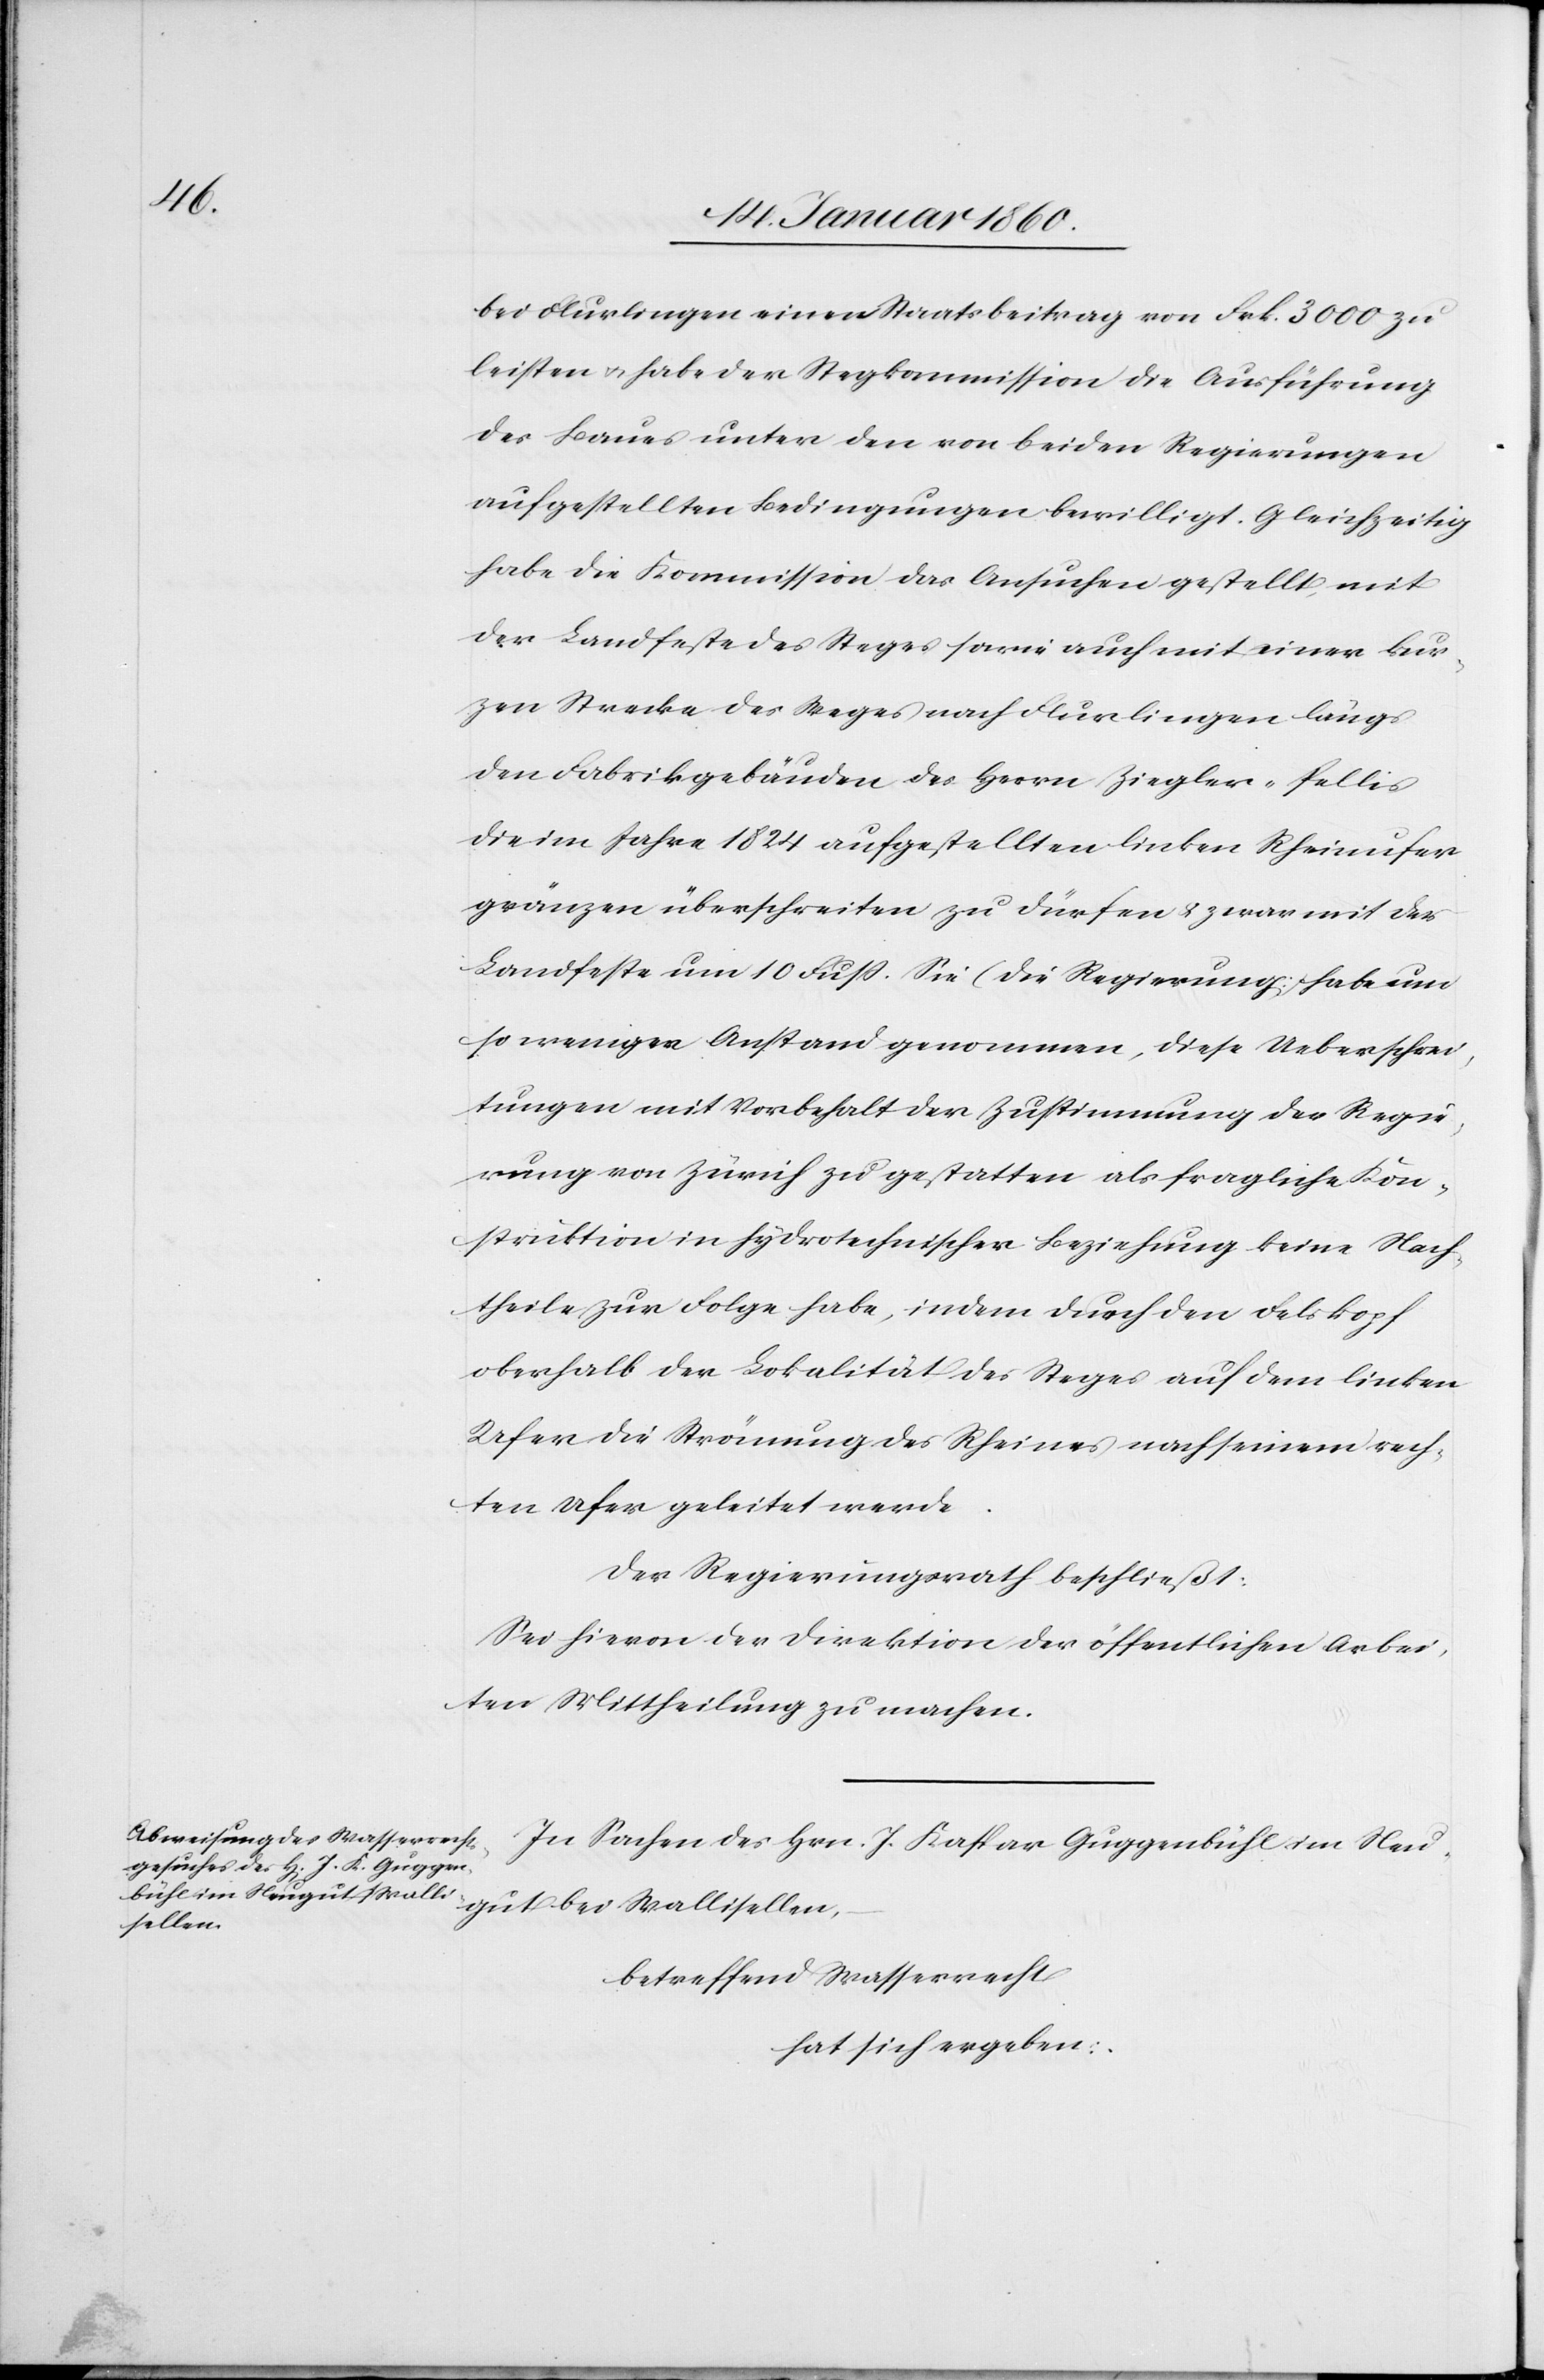
bei Flurlingen einen Staatsbeitrag von Frk. 3000. zu
leisten u. habe der Stegkommission die Ausführung
des Baues unter den von beiden Regierungen
aufgestellten Bedingungen bewilligt. Gleichzeitig
habe die Kommission das Ansuchen gestellt, mit
der Landfeste des Steges sowie auch mit einer kur¬
zen Strecke des Steges nach Flurlingen längs
den Fabrikgebäuden des Herrn Ziegler-Pellis
die im Jahre 1824 aufgestellten linken Rheinufer¬
gränzen überschreiten zu dürfen u. zwar mit der
Landfeste um 10. Fuß. Sie (die Regierung) habe um
so weniger Anstand genommen, diese Ueberschrei¬
tungen mit Vorbehalt der Zustimmung der Regie¬
rung von Zürich zu gestatten als fragliche Kon¬
struktion in hydrotechnischer Beziehung keine Nach¬
theile zur Folge habe, indem durch den Felskopf
oberhalb der Lokalität des Steges auf dem linken
Ufer die Krönung des Rheines nach seinem rech¬
ten Ufer geleitet werde.
Der Regierungsrath beschließt:
Sei hievon der Direktion der öffentlichen Arbei¬
ten Mittheilung zu machen.
in Sachen des Hrn. J. Kaspar Guggenbühl im Neu¬
gut bei Wallisellen,
betreffend Wasserrecht
hat sich ergeben: